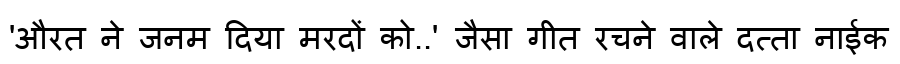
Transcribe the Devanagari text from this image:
'औरत ने जनम दिया मरदों को..' जैसा गीत रचने वाले दत्ता नाईक